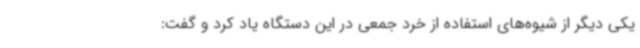
یکی دیگر از شیوه‌های استفاده از خرد جمعی در این دستگاه یاد کرد و گفت: